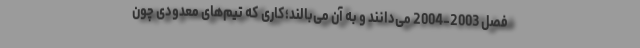
فصل 2003-2004 می‌دانند و به آن می‌بالند؛کاری که تیم‌های معدودی چون